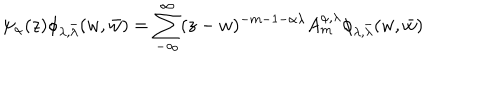
\psi _ { \alpha } ( z ) \phi _ { \lambda , \bar { \lambda } } ( w , \bar { w } ) = \sum _ { - \infty } ^ { \infty } ( z - w ) ^ { - m - 1 - \alpha \lambda } A _ { m } ^ { \alpha , \lambda } \phi _ { \lambda , \bar { \lambda } } ( w , \bar { w } )